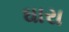
ઘારા